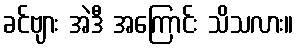
ခင်ဗျား အဲဒီ အကြောင်း သိသလား။